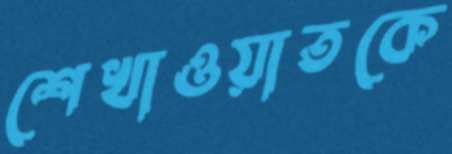
শেখাওয়াতকে